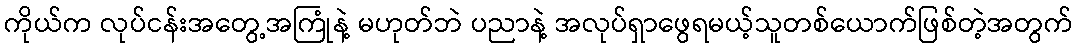
ကိုယ်က လုပ်ငန်းအတွေ့အကြုံနဲ့ မဟုတ်ဘဲ ပညာနဲ့ အလုပ်ရှာဖွေရမယ့်သူတစ်ယောက်ဖြစ်တဲ့အတွက်